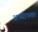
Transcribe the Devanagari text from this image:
अध्यापक।